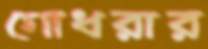
গোধরার